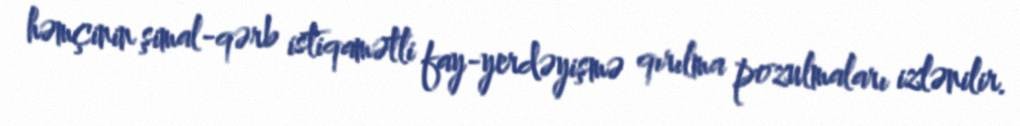
həmçinin şimal-qərb istiqamətli fay-yerdəyişmə qırılma pozulmaları izlənilir.